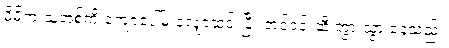
မိမိက သူ့အစ်ကို ကျောပေါ်မှ လျှောဆင်းပြီး တင်ဝင်းဆီ တွားသွားနေသည်။